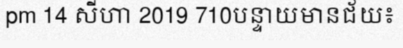
pm 14 សីហា 2019 710បន្ទាយមានជ័យ៖